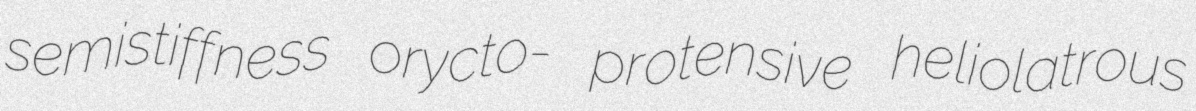
semistiffness orycto- protensive heliolatrous